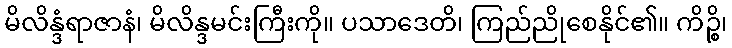
မိလိန္ဒံရာဇာနံ၊ မိလိန္ဒမင်းကြီးကို။ ပသာဒေတိ၊ ကြည်ညိုစေနိုင်၏။ ကိဉ္စိ၊